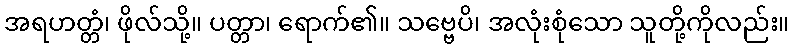
အရဟတ္တံ၊ ဖိုလ်သို့။ ပတ္တာ၊ ရောက်၏။ သဗ္ဗေပိ၊ အလုံးစုံသော သူတို့ကိုလည်း။